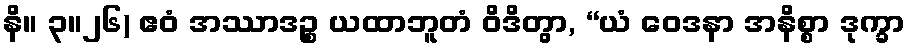
နိ။ ၃။၂၆) ဧဝံ အဿာဒဉ္စ ယထာဘူတံ ဝိဒိတွာ, “ယံ ဝေဒနာ အနိစ္စာ ဒုက္ခာ